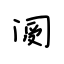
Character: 阌